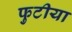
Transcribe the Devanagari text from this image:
फुटीया